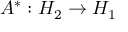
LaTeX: A ^ { * } : H _ { 2 } \to H _ { 1 }